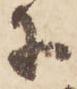
等